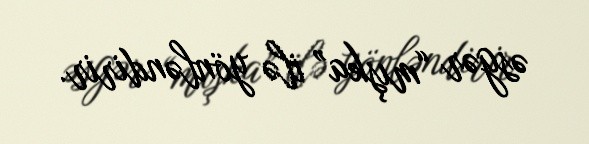
əsgər “mışka” ilə yönləndirir.